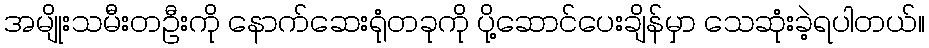
အမျိုးသမီးတဦးကို နောက်ဆေးရုံတခုကို ပို့ဆောင်ပေးချိန်မှာ သေဆုံးခဲ့ရပါတယ်။